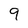
Character: 9